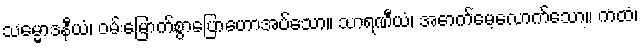
သမ္မောဒနီယံ၊ ဝမ်းမြောက်စွာပြောဟောအပ်သော။ သာရဏီယံ၊ အောက်မေ့လောက်သော။ ကထံ၊